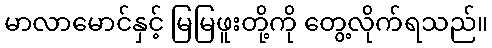
မာလာမောင်နှင့် မြမြဖူးတို့ကို တွေ့လိုက်ရသည်။